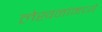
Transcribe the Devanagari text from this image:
लेखनांमध्ये